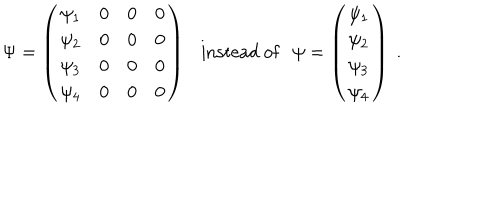
\Psi = \left( \begin{array} { c c c c } { { \psi _ { 1 } } } & { { 0 } } & { { 0 } } & { { 0 } } \\ { { \psi _ { 2 } } } & { { 0 } } & { { 0 } } & { { 0 } } \\ { { \psi _ { 3 } } } & { { 0 } } & { { 0 } } & { { 0 } } \\ { { \psi _ { 4 } } } & { { 0 } } & { { 0 } } & { { 0 } } \\ \end{array} \right) \mathrm { i n s t e a d ~ o f } \psi = \left( \begin{array} { c } { { \psi _ { 1 } } } \\ { { \psi _ { 2 } } } \\ { { \psi _ { 3 } } } \\ { { \psi _ { 4 } } } \\ \end{array} \right) ~ .